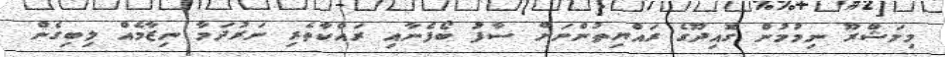
މިމަޝްރޫ ނިމުމުން ގޮއިދޫގެ ރައްޔިތުންނަށް ސާފު ބޯފެނާއި ރައްކާތެރި ނަރުދަމާ ނިޒާމެއް ލިބިގެން